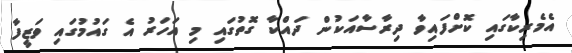
އެމެރިކާގައި ކޮށްފައިވާ ދިރާސާއަކުން ދައްކާ ގޮތުގައި މި އަހަރު އެ ގައުމުގައި ވަޒީފާ